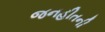
જનહીતની